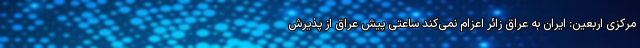
مرکزی اربعین: ایران به عراق زائر اعزام نمی‌کند ساعتی پیش عراق از پذیرش